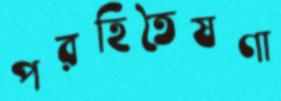
পরহিতৈষণা